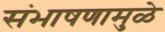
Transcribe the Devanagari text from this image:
संभाषणामुळे